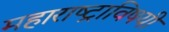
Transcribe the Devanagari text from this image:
महाराष्ट्राविषयी